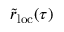
\tilde { r } _ { \mathrm { l o c } } ( \tau )